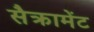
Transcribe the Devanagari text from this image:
सैक्रामेंट